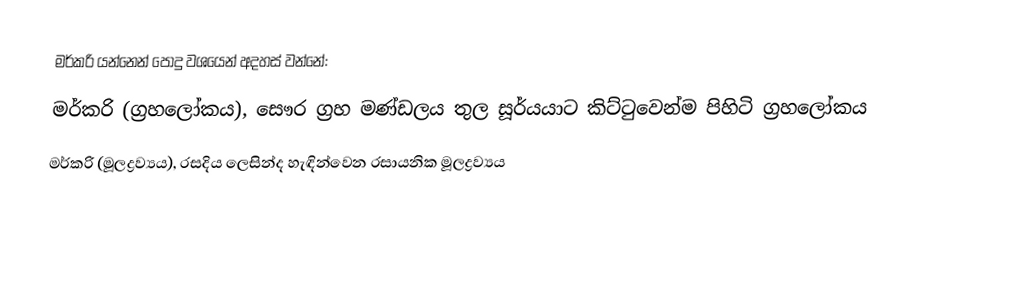
මර්කරි යන්නෙන් පොදු වශයෙන් අදහස් වන්නේ:
 මර්කරි (ග්‍රහලෝකය), සෞර ග්‍රහ මණ්ඩලය තුල සූර්යයාට කිට්ටුවෙන්ම පිහිටි ග්‍රහලෝකය
 මර්කරි (මූලද්‍රව්‍යය), රසදිය ලෙසින්ද හැඳින්වෙන රසායනික මූලද්‍රව්‍යය